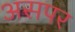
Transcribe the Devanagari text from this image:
असपर